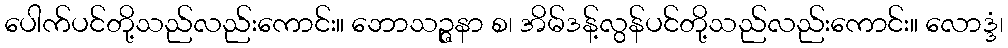
ပေါက်ပင်တို့သည်လည်းကောင်း။ ဘောသဉ္ဇနာ စ၊ အိမ်ဒန့်လွန်ပင်တို့သည်လည်းကောင်း။ လောဒ္ဒံ၊